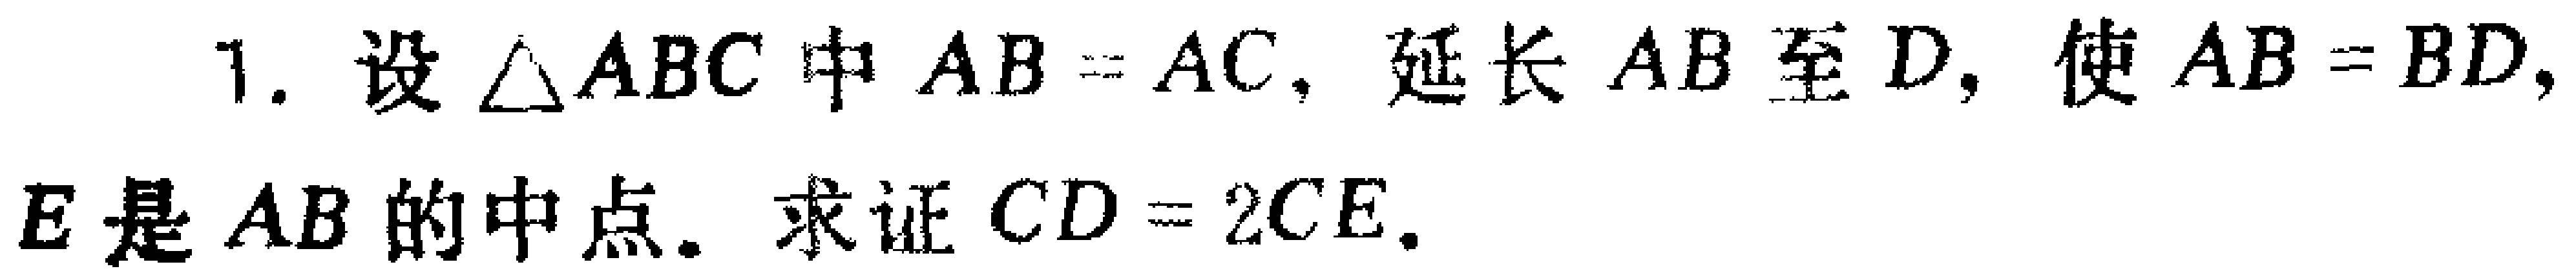
1. 设$\triangle ABC$中$AB = AC$，延长$AB$至$D$，使$AB = BD$，$E$是$AB$的中点。求证$CD = 2CE$.